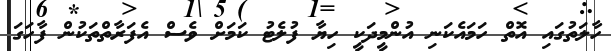
ހާލަތުގައި އޮތް ހަމައެކަނި އުންމީދަކީ ހިޔާ ފުލެޓު ކަމަށް ވެސް އެފަރާތްތަކުން ފާހަގަ